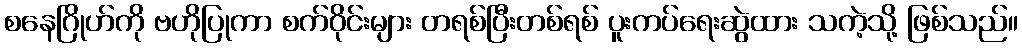
စနေဂြိုဟ်ကို ဗဟိုပြုကာ စက်ဝိုင်းများ တရစ်ပြီးတစ်ရစ် ပူးကပ်ရေးဆွဲထား သကဲ့သို့ ဖြစ်သည်။